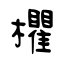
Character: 欋